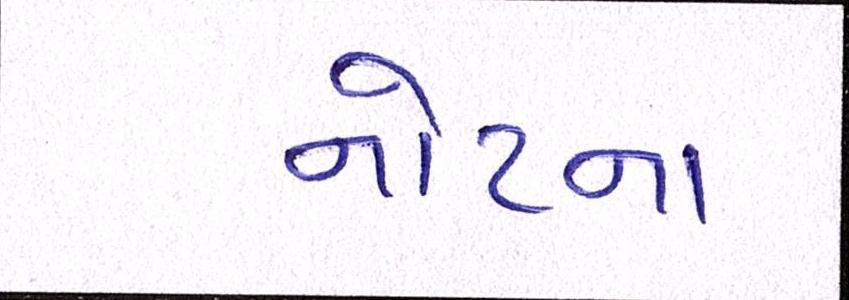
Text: નોટના